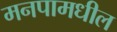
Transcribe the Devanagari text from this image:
मनपामधील